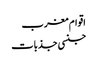
اقوام مغرب
جنسی جذبات